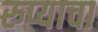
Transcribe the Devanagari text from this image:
रुप्याचा